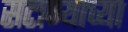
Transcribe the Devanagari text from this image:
सटाण्याच्या